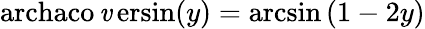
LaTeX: \operatorname{archaco\mathit{v}ersin}(y)=\arcsin\left(1-2y\right)